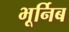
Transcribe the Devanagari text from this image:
भूर्निब